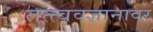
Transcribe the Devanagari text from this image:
तत्त्ववज्ञानावर